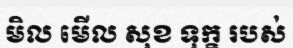
មិល មើល សុខ ទុក្ខ របស់